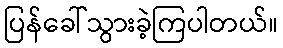
ပြန်ခေါ်သွားခဲ့ကြပါတယ်။